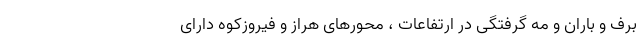
برف و باران و مه گرفتگی در ارتفاعات ، محورهای هراز و فیروزکوه دارای